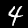
Label: 4